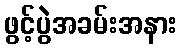
ဖွင့်ပွဲအခမ်းအနား